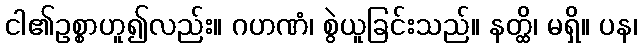
ငါ၏ဥစ္စာဟူ၍လည်း။ ဂဟဏံ၊ စွဲယူခြင်းသည်။ နတ္ထိ၊ မရှိ။ ပန၊